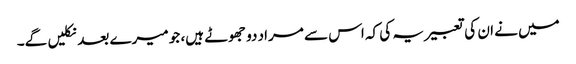
میں نے ان کی تعبیر یہ کی کہ اس سے مراد دو جھوٹے ہیں، جو میرے بعد نکلیں گے۔